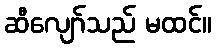
ဆီလျော်သည် မထင်။